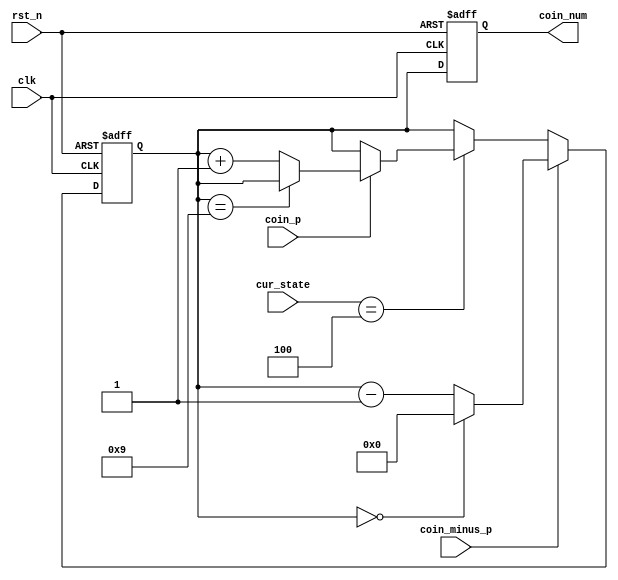
`timescale 1ns / 1ps
//////////////////////////////////////////////////////////////////////////////////
// Company: 
// Engineer: 
// 
// Design Name: 
// Module Name:    Coin 
// Project Name: 
// Target Devices: 
// Tool versions: 
// Description: 
//
// Dependencies: 
//
// Revision: 
// Revision 0.01 - File Created
// Additional Comments: 
//
//////////////////////////////////////////////////////////////////////////////////
module Coin(
input			clk,
input			rst_n,
input	[3:0]	cur_state,
input			coin_p,	//
input		   coin_minus_p,
output	reg	[3:0]	coin_num
    );

parameter WELCOME = 4'b0000, GAME = 4'b0001, SCORE = 4'b0010, ERROR = 4'b0011, COIN = 4'b0100;	 

reg	[3:0]	coin = 4'h0;

always@(posedge clk or negedge rst_n)
	begin
		if(~rst_n)
			coin <= 4'h0;
		else if(coin_minus_p)
			if(coin == 4'h0)
				coin <= 4'h0;
			else
				coin <= coin - 4'h1;
		else if(cur_state == COIN)
			if(coin_p)
				if(coin == 4'h9)
					coin <= coin;
				else
					coin <= coin + 4'h1;
			else
				coin <= coin;
		else
			coin <= coin;
	end

always@(posedge clk or negedge rst_n)
	begin
		if(~rst_n)
			coin_num <= 4'h0;
		else
			coin_num <= coin;
	end

endmodule